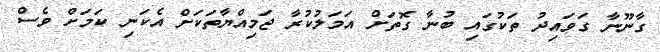
ގާނޫނާ ގަވައިދު ތަކުގައި ބުނާ ގޮތަށް އަމަލުކުރާ ޖަމިއްޔާތަކަށް އެކަނި ކަމަށް ވެސް